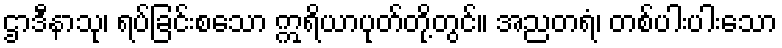
ဌာဒီနာသု၊ ရပ်ခြင်းစသော ဣရိယာပုတ်တို့တွင်။ အညတရံ၊ တစ်ပါးပါးသော